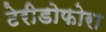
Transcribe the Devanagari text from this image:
टेरीडोफोरा